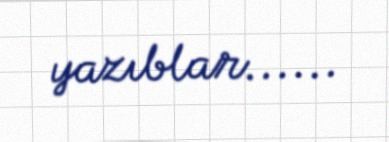
yazıblar......